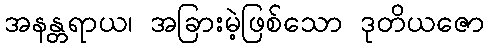
အနန္တရာယ၊ အခြားမဲ့ဖြစ်သော ဒုတိယဇော